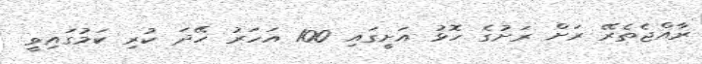
ރާއްޖެތެރޭ ރަށް ރަށުގެ ހޮޅު އަށީގައި 100 އަހަރު ހޭދަ ކުރި ކަމުގައިވީ